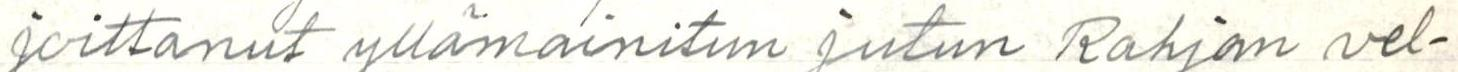
joittanut yllämainitun jutun Rahjan vel-